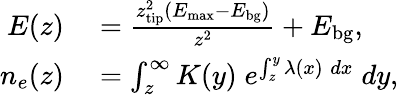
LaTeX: \begin{array}{rl}{E(z)}&{{}=\frac{z_{\mathrm{tip}}^{2}(E_{\mathrm{max}}-E_{\mathrm{bg}})}{z^{2}}+E_{\mathrm{bg}},}\\ {n_{e}(z)}&{{}=\int_{z}^{\infty}K(y)\; e^{\int_{z}^{y}\lambda(x)\; dx}\; dy,}\end{array}